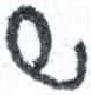
אות: ש